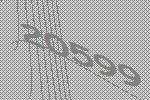
20599